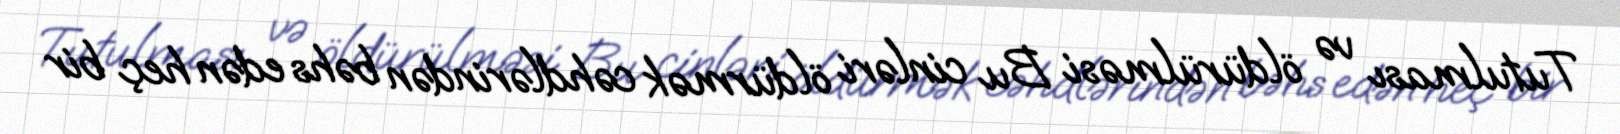
Tutulması və öldürülməsi Bu cinləri öldürmək cəhdlərindən bəhs edən heç bir